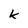
Character: k